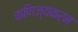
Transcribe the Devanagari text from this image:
वाणिज्यकर्म